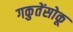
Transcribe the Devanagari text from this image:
गकुतेंसोकू